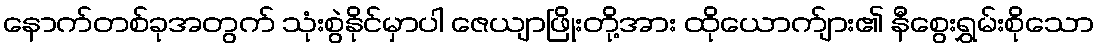
နောက်တစ်ခုအတွက် သုံးစွဲနိုင်မှာပါ ဇေယျာဖြိုးတို့အား ထိုယောက်ျား၏ နီစွေးရွှမ်းစိုသော